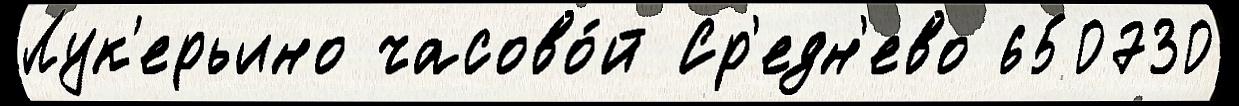
Лук'ерьино часово́й Ср'едн'ево 650730